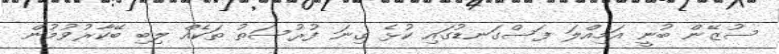
ސުޒޭން ބުނީ އަމިއްލަ ފަސްގަނޑުގައި ކުޅެ ގިނަ ފުރުސަތު ތަކެއް ލިބި ބޭކާރުވުމުން